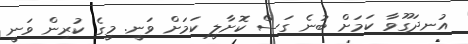
އުނދަގޫވާ ކަމަށް ބުނެ ގަސް ކޮށާލީ ކަމަށް ވަނީ. މީގެ ކުރިން ވަނީ